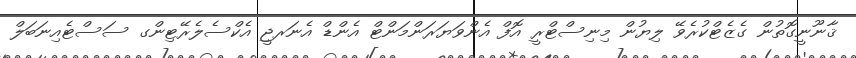
ޤާނޫނީގޮތުން ގެޒެޓްކުރެވޭ ލިޔުން މިނިސްޓްރީ އޮފް އެންވަޔަރަންމަންޓް އެންޑް އެނަރޖީ އެކްސެލެރޭޓިންގ ސަސްޓެއިނަބަލް